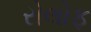
રોલોફ